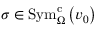
\sigma \in \mathrm { S y m } _ { \Omega } ^ { \mathrm { c } } \left( v _ { 0 } \right)